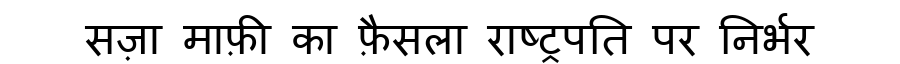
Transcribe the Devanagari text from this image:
सज़ा माफ़ी का फ़ैसला राष्ट्रपति पर निर्भर